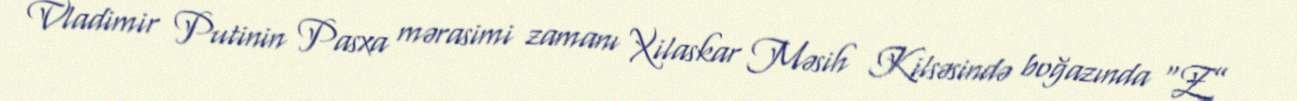
Vladimir Putinin Pasxa mərasimi zamanı Xilaskar Məsih Kilsəsində boğazında “Z”